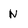
Character: N